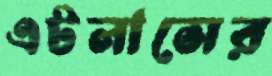
এটলাসের